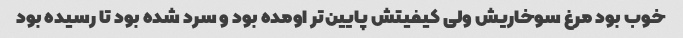
خوب بود مرغ سوخاریش ولی کیفیتش پایین‌تر اومده بود و سرد شده بود تا رسیده بود